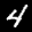
Label: 4